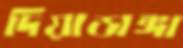
দিয়াডাঙ্গা